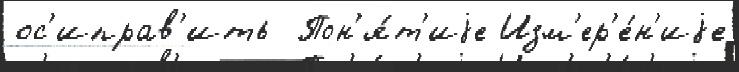
ос'иправ'ить  Пон'я́т'иjе Изм'ер'е́н'иjе